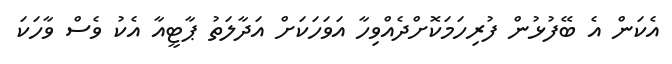
އެކަން އެ ބޭފުޅުން ފުރިހަމަކޮށްދެއްވިހާ އަަވަހަކަށް އަދާލަތު ޕާޓީއާ އެކު ވެސް ވާހަކަ